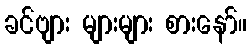
ခင်ဗျား များများ စားနော်။